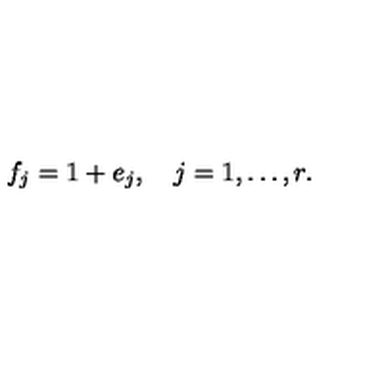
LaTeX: f _ { j } = 1 + e _ { j } , \quad j = 1 , \ldots , r .